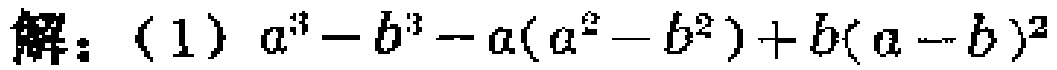
解：（1）$a^{3}-b^{3}-a(a^{2}-b^{2})+b(a - b)^{2}$